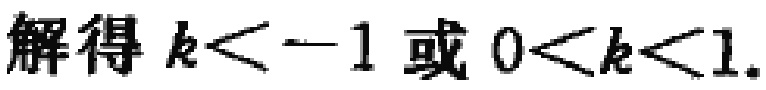
解得 \(k < -1\) 或 \(0 < k < 1\).